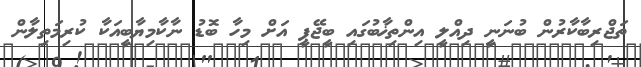
ތަޖްރިބާކާރުން ބުނަނީ ދިއްލީ އިންތިޚާބުގައި ބީޖޭޕީ އަށް މިހާ ބޮޑު ނާކާމިޔާބީއަކާ ކުރިމަތިލާން